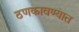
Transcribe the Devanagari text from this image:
ठणकावण्यात